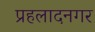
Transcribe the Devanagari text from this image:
प्रहलादनगर